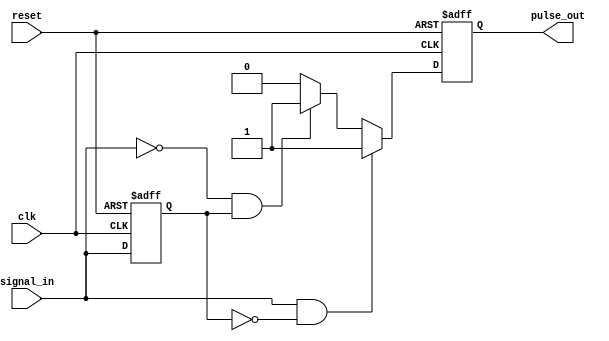
module PulseEdgeDetector (
    input wire clk,            // Clock input
    input wire reset,          // Asynchronous reset
    input wire signal_in,      // Input signal to detect edges
    output reg pulse_out       // Output pulse signal
);

// Memory block to store the previous state of the input signal
reg prev_signal;

// Always block for edge detection and state memory update
always @(posedge clk or posedge reset) begin
    if (reset) begin
        // On reset, initialize prev_signal and pulse_out
        prev_signal <= 1'b0;
        pulse_out    <= 1'b0;
    end else begin
        // Check for rising edge
        if (signal_in && !prev_signal) begin
            pulse_out <= 1'b1; // Generate pulse on rising edge
        // Check for falling edge
        end else if (!signal_in && prev_signal) begin
            pulse_out <= 1'b1; // Generate pulse on falling edge
        end else begin
            pulse_out <= 1'b0; // No edge detected, reset pulse_out
        end
        
        // Update the previous signal state
        prev_signal <= signal_in;
    end
end

endmodule